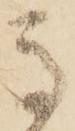
馬